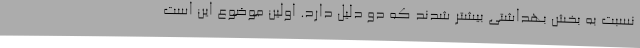
نسبت به بخش بهداشتی بیشتر شدند که دو دلیل دارد. اولین موضوع این است